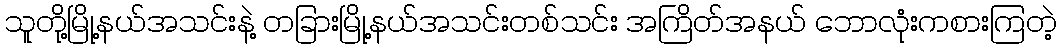
သူတို့မြို့နယ်အသင်းနဲ့ တခြားမြို့နယ်အသင်းတစ်သင်း အကြိတ်အနယ် ဘောလုံးကစားကြတဲ့